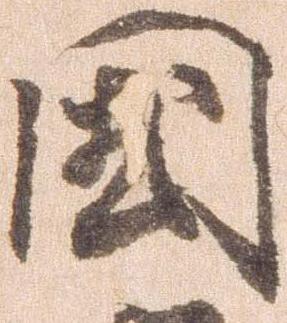
国